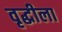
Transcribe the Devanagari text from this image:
वृद्धीला